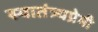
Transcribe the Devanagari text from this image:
स्वातंत्र्यप्रेमी